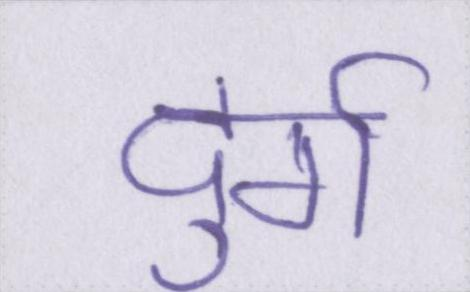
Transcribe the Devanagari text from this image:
दुर्ग